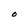
Character: O